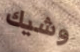
وشيك